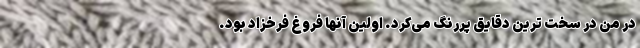
در من در سخت ترین دقایق پررنگ می‌کرد. اولین آنها فروغ فرخزاد بود.